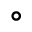
^ { \circ }